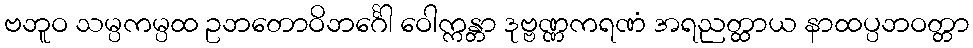
ဗဘူဝ သမ္ပကမ္ပထ ဥဘတောဝိဘင်္ဂေါ ဝေါက္ကန္တာ ဒုဗ္ဗဏ္ဏကရဏံ အရညတ္ထာယ နာထပ္ပဘဝတ္တာ